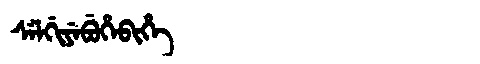
Manchu: ᠰᡝᠯᡤᡳᠶᡝᠪᡠᡥᡝᠪᡳᡥᡝ
Romanization: SELGIYEBUHEBIHE